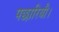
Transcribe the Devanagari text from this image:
पछारियौ।